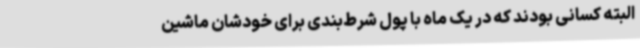
البته کسانی بودند که در یک ماه با پول شرط‌بندی برای خودشان ماشین